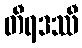
တီရဒဿီ